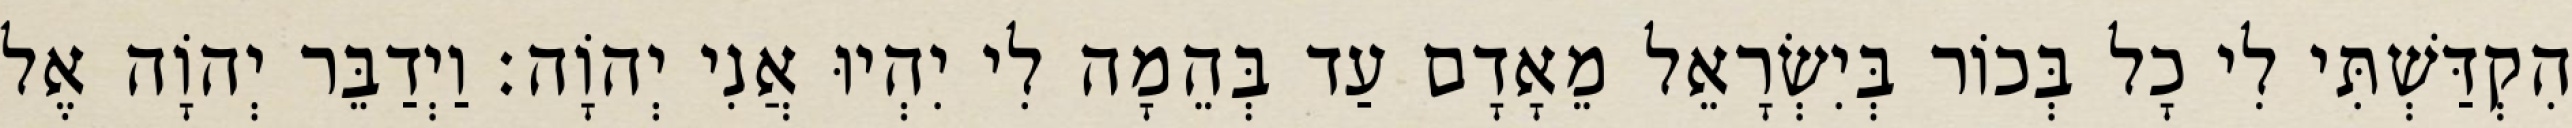
הִקְדַּשְׁתִּי לִי כָל בְּכוֹר בְּיִשְׂרָאֵל מֵאָדָם עַד בְּהֵמָה לִי יִהְיוּ אֲנִי יְהוָֹה׃ וַיְדַבֵּר יְהוָֹה אֶל